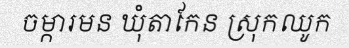
ចម្ការមន ឃុំតាកែន ស្រុកឈូក